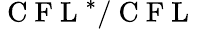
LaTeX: \mathrm{~C~F~L~}^{*}/\mathrm{~C~F~L~}